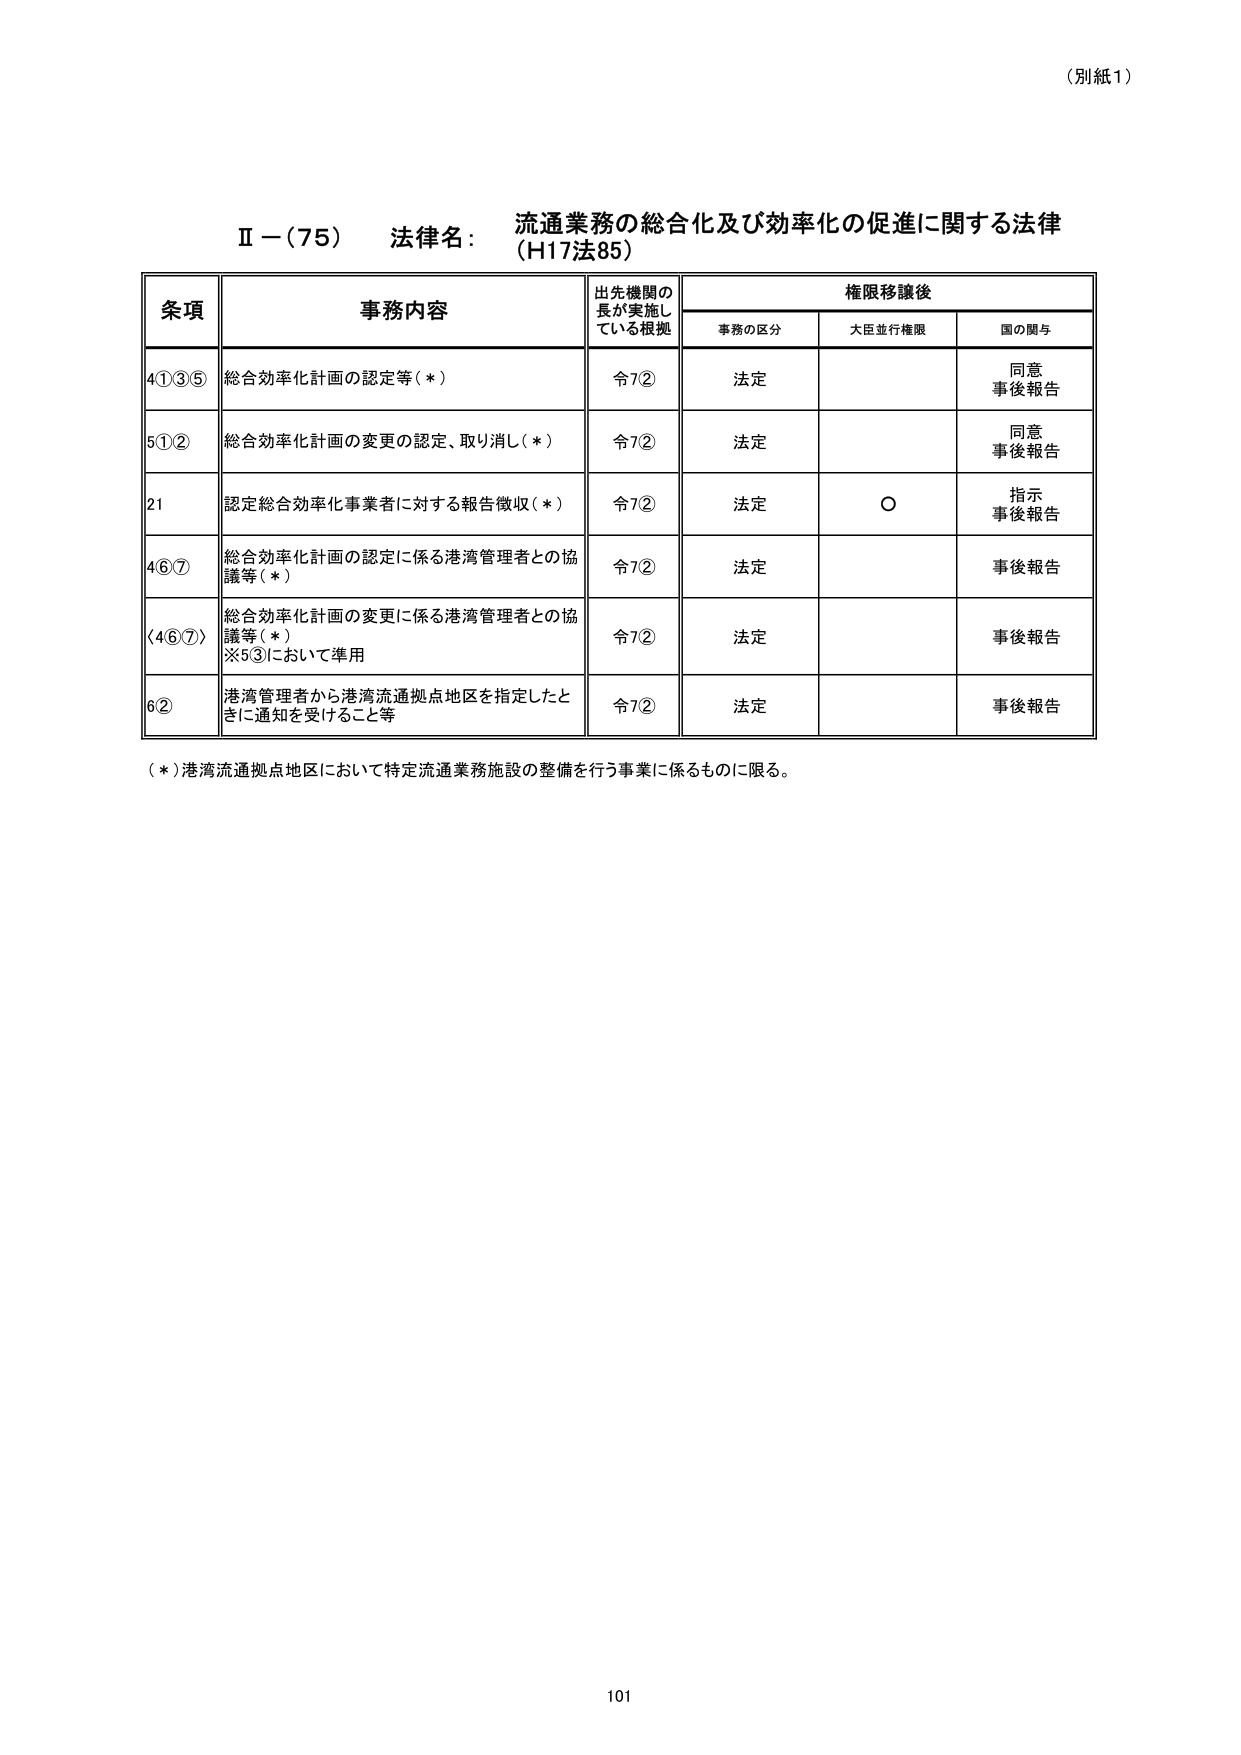
（別紙1）

Ⅱ－（75） 法律名： 流通業務の総合化及び効率化の促進に関する法律
（H17法85）

条項 事務内容 出先機関の
長が実施し
ている根拠 権限移譲後
事務の区分 大臣並行権限 国の関与

4①③⑤ 総合効率化計画の認定等（＊） 令7② 法定 同意
事後報告

5①② 総合効率化計画の変更の認定、取り消し（＊） 令7② 法定 同意
事後報告

21 認定総合効率化事業者に対する報告徴収（＊） 令7② 法定 ○ 指示
事後報告

4⑥⑦ 総合効率化計画の認定に係る港湾管理者との協
議等（＊） 令7② 法定 事後報告

〈4⑥⑦〉 総合効率化計画の変更に係る港湾管理者との協
議等（＊）
※5③において準用 令7② 法定 事後報告

6② 港湾管理者から港湾流通拠点地区を指定したと
きに通知を受けること等 令7② 法定 事後報告

（＊）港湾流通拠点地区において特定流通業務施設の整備を行う事業に係るものに限る。

101